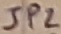
Text: JP2